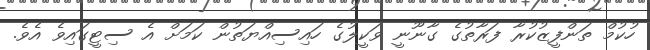
ހުކުމް ތަންފީޒުކުރާ ފަރާތުގެ ގާނޫނީ ވަކީލުގެ ހައިސިއްޔަތުން ކަމަށް އެ ސިޓީގައިވެ އެވެ.